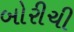
બોરીચી